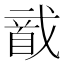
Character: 𱄌